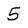
Character: 5